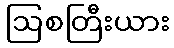
ဩစတြီးယား